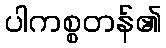
ပါကစ္စတန်၏